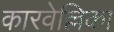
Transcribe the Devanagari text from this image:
कारवेल्लिका